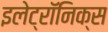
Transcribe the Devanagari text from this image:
इलेट्रॉनिक्स